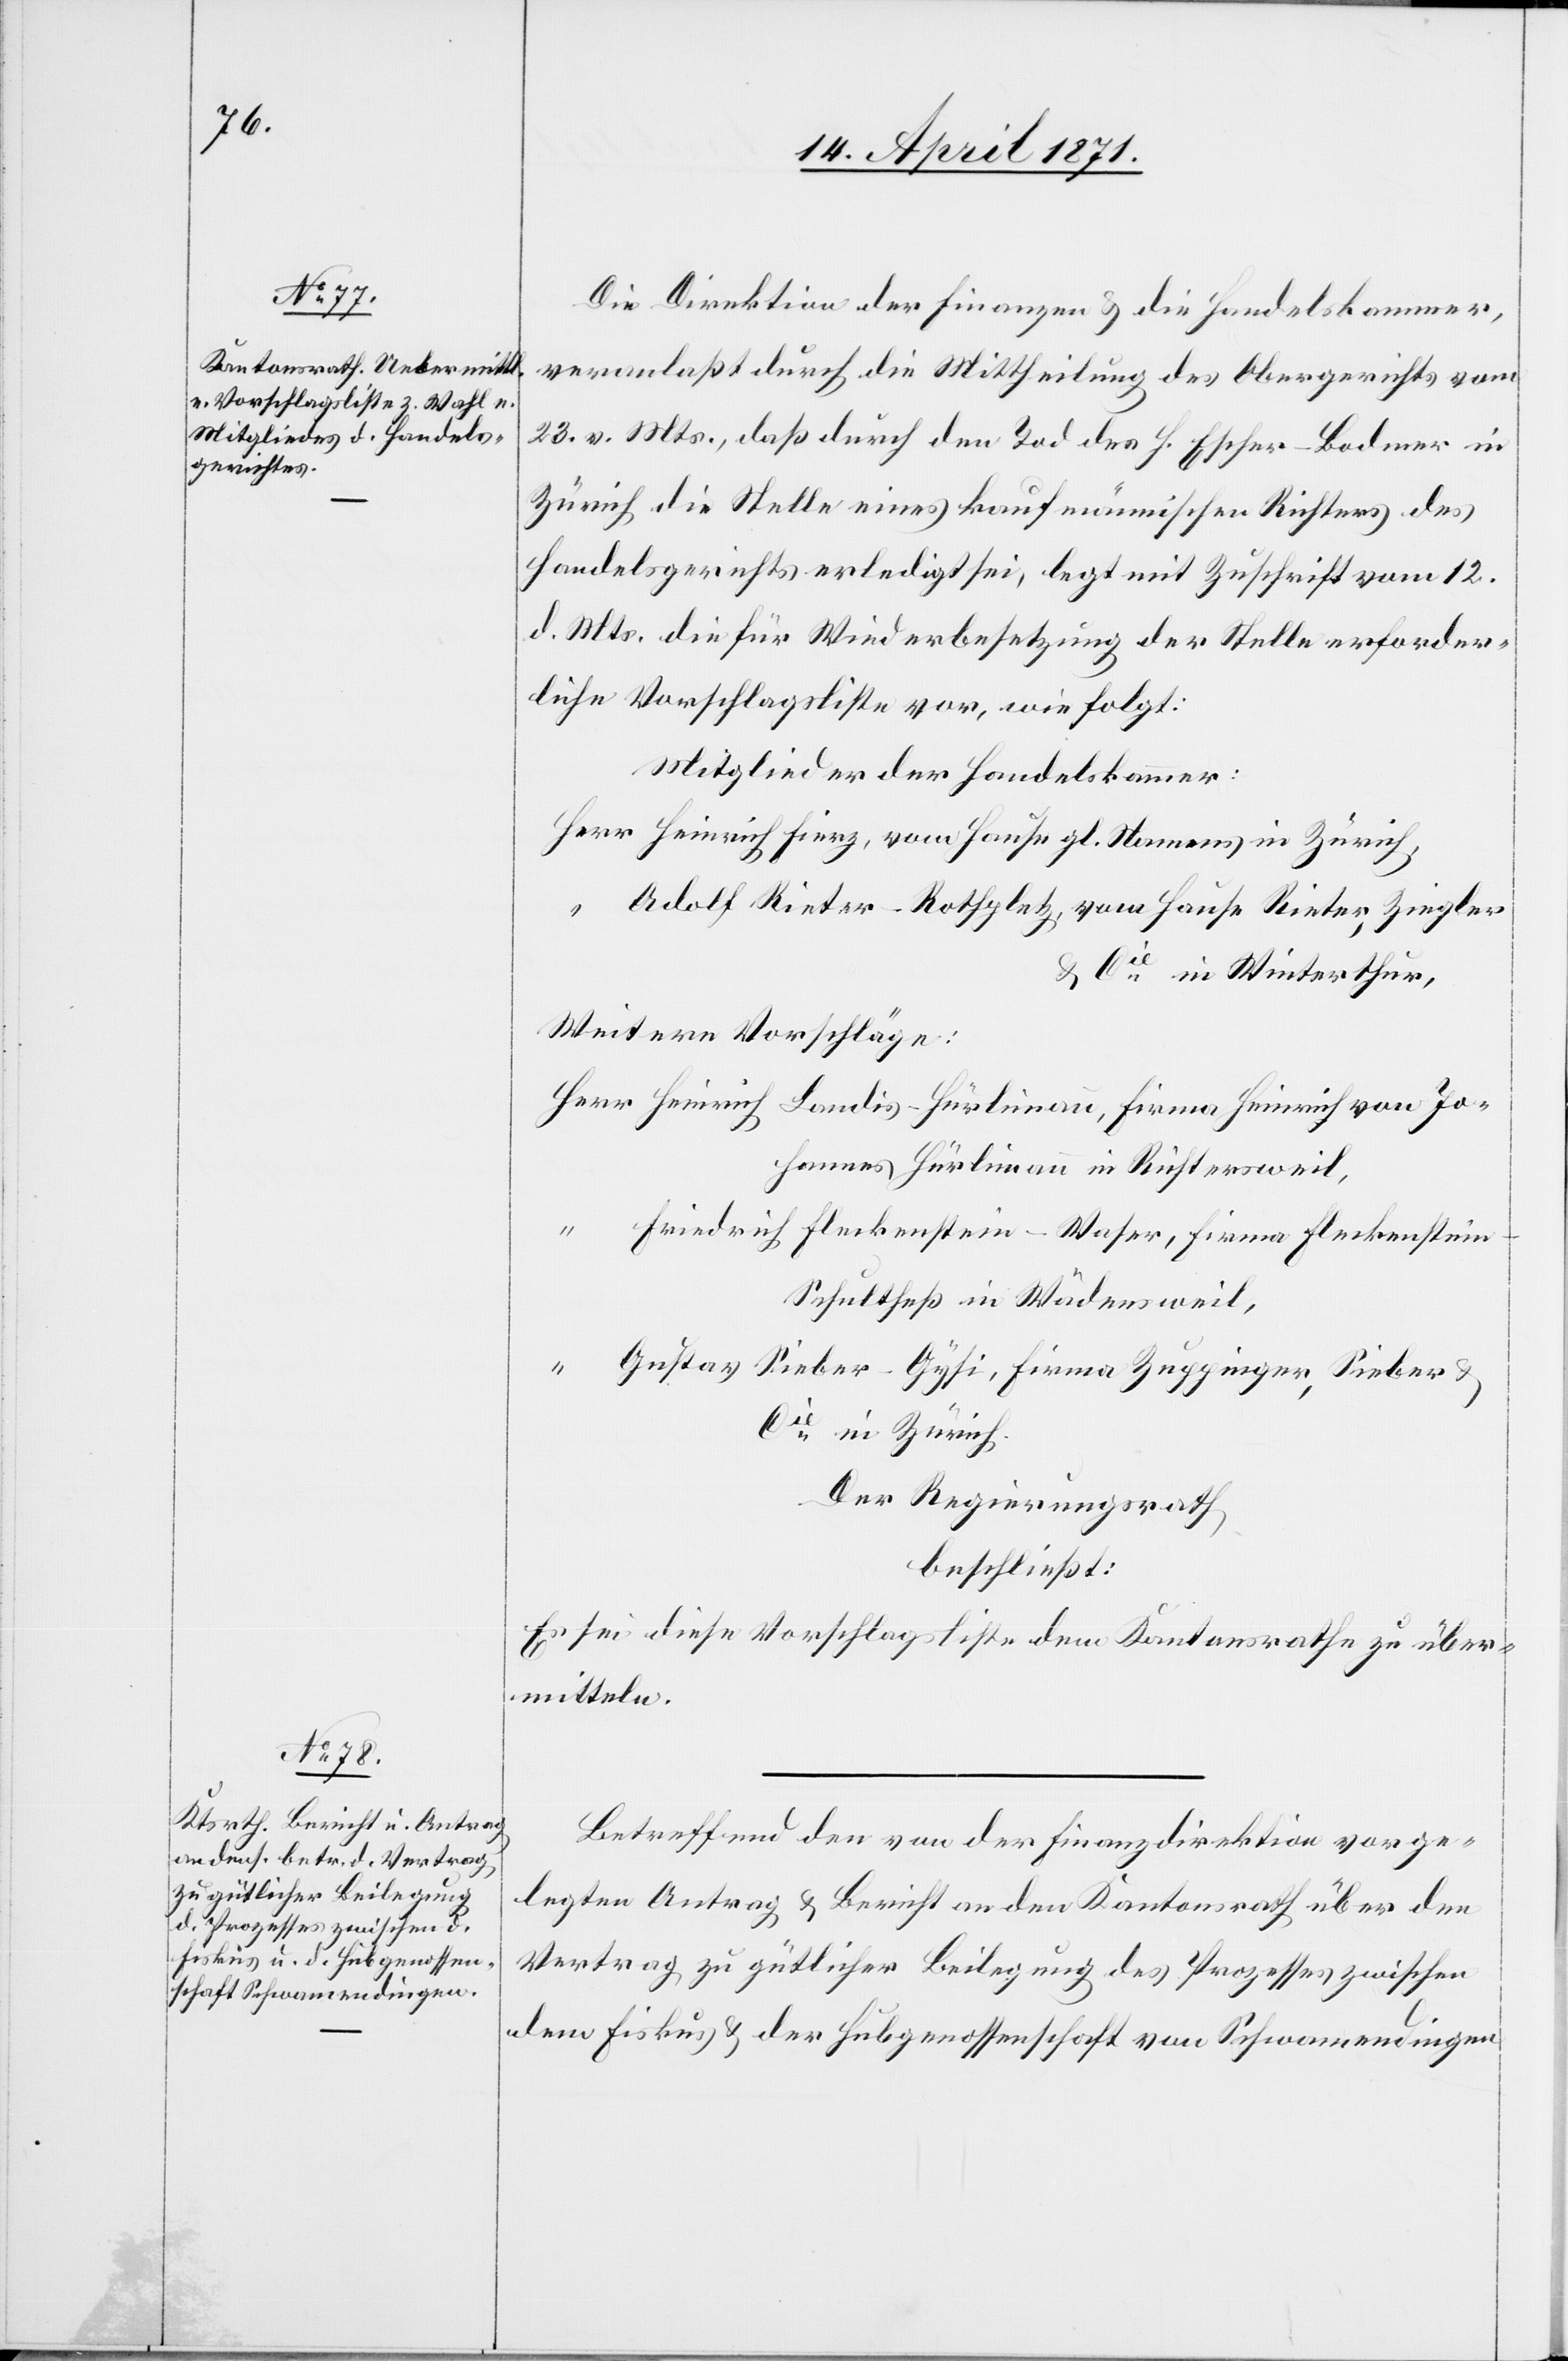
Die Direktion der Finanzen u. die Handelskammer,
veranlaßt durch die Mittheilung des Obergerichts vom
23. v. Mts., daß durch den Tod des H. Escher-Bodmer in
Zürich die Stelle eines kaufmännischen Richters des
Handelsgerichts erledigt sei, legt mit Zuschrift vom 12.
d. Mts. die für Wiederbesetzung der Stelle erforder¬
liche Vorschlagsliste vor, wie folgt:
Mitglieder der Handelskammer:
Herr Heinrich Fierz, vom Hause gl. Namens in Zürich,
“ Adolf Rieter-Rothpletz, vom Hause Rieter, Ziegler
& Cie. in Winterthur,
Weitere Vorschläge:
Herr Heinrich Landis-Hürlimann, Firma Heinrich von Jo¬
hannes Hürlimann in Richtersweil,
“ Friedrich Fleckenstein-Waser, Firma Fleckenstei¬
n-Schultheß in Wädensweil,
“
Gustav Sieber-Gysi, Firma Zuppinger, Sieber &
Cie. in Zürich.
Der Regierungsrath
beschließt:
sei diese Vorschlagsliste dem Kantonsrathe zu über¬
mitteln.
Betreffend den von der Finanzdirektion vorge¬
legten Antrag u. Bericht an den Kantonsrath über den
Vertrag zu gütlicher Beilegung des Prozesses zwischen
dem Fiskus u. der Hubgenossenschaft von Schwamendingen